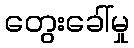
တွေးခေါ်မှု